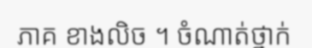
ភាគ ខាងលិច ។ ចំណាត់ថ្នាក់